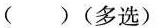
( )(多选)